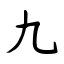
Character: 九